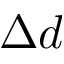
\Delta d